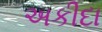
અકીદા